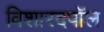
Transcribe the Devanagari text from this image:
विशारदपॉल